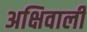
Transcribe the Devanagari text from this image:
अक्षिवाली